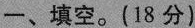
一、填空。(18分)